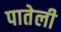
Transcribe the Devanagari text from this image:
पातेली